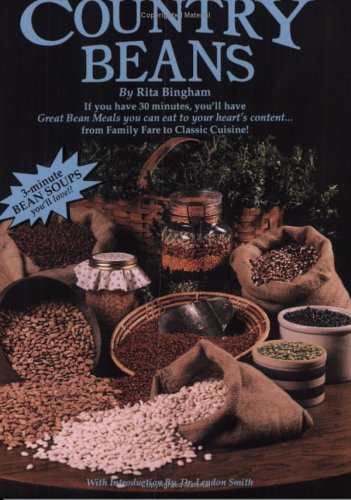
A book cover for Country Beans - How to cook dry beans in only 3 minutes!; Rita Bingham; Cookbooks, Food & Wine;